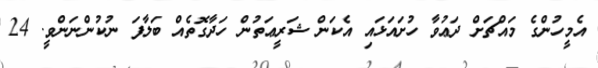
އެމީހުންގެ މައްޗަށް ދަޢުވާ ހުށައަޅައި އެކަން ޝަރީޢަތުން ހަދާގޮތެއް ބަލާފަ ނުކުންނަންވީ. 24